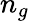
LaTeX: n_{g}